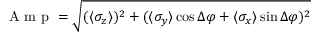
\mathrm { ~ A ~ m ~ p ~ } = \sqrt { ( \langle \sigma _ { z } \rangle ) ^ { 2 } + ( \langle \sigma _ { y } \rangle \cos \Delta \varphi + \langle \sigma _ { x } \rangle \sin \Delta \varphi ) ^ { 2 } }